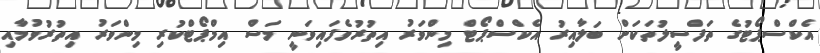
އެކްސްޕޯޓުގެ ތަފްސީލުތަކަށް ބަލާއިރު އެކްސްޕޯޓް މިންވަރު އިތުރުވެފައިވަނީ މަސް އިމްޕޯޓްކުރި މިންވަރު އިތުރުވުމާއި